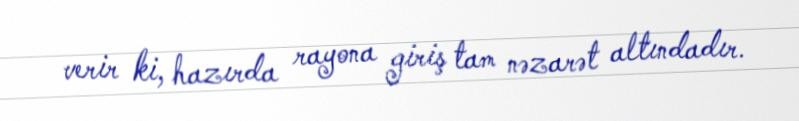
verir ki, hazırda rayona giriş tam nəzarət altındadır.